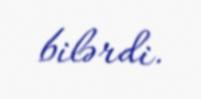
bilərdi.